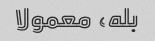
بله، معمولا